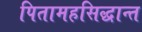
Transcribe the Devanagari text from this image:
पितामहसिद्धान्त